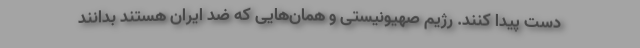
دست پیدا کنند. رژیم صهیونیستی و همان‌هایی که ضد ایران هستند بدانند